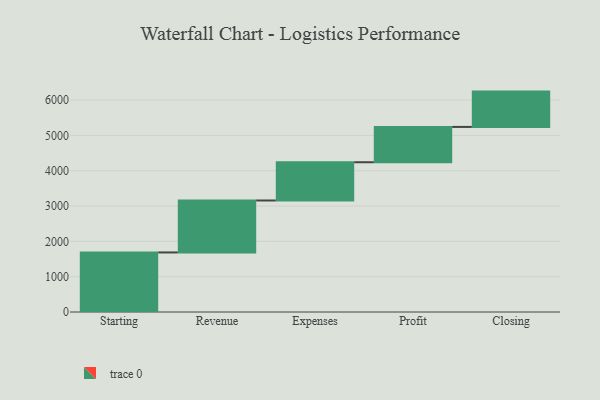
{"axis": {"x": "Step", "y": "Value"}, "legend": [""], "data": [{"x": "Starting", "y": 1686.0, "type": ""}, {"x": "Revenue", "y": 1471.0, "type": ""}, {"x": "Expenses", "y": 1083.0, "type": ""}, {"x": "Profit", "y": 1000, "type": ""}, {"x": "Closing", "y": 1000, "type": ""}]}